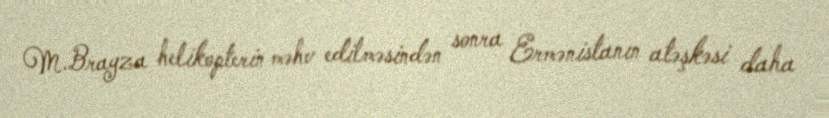
M.Brayza helikopterin məhv edilməsindən sonra Ermənistanın atəşkəsi daha